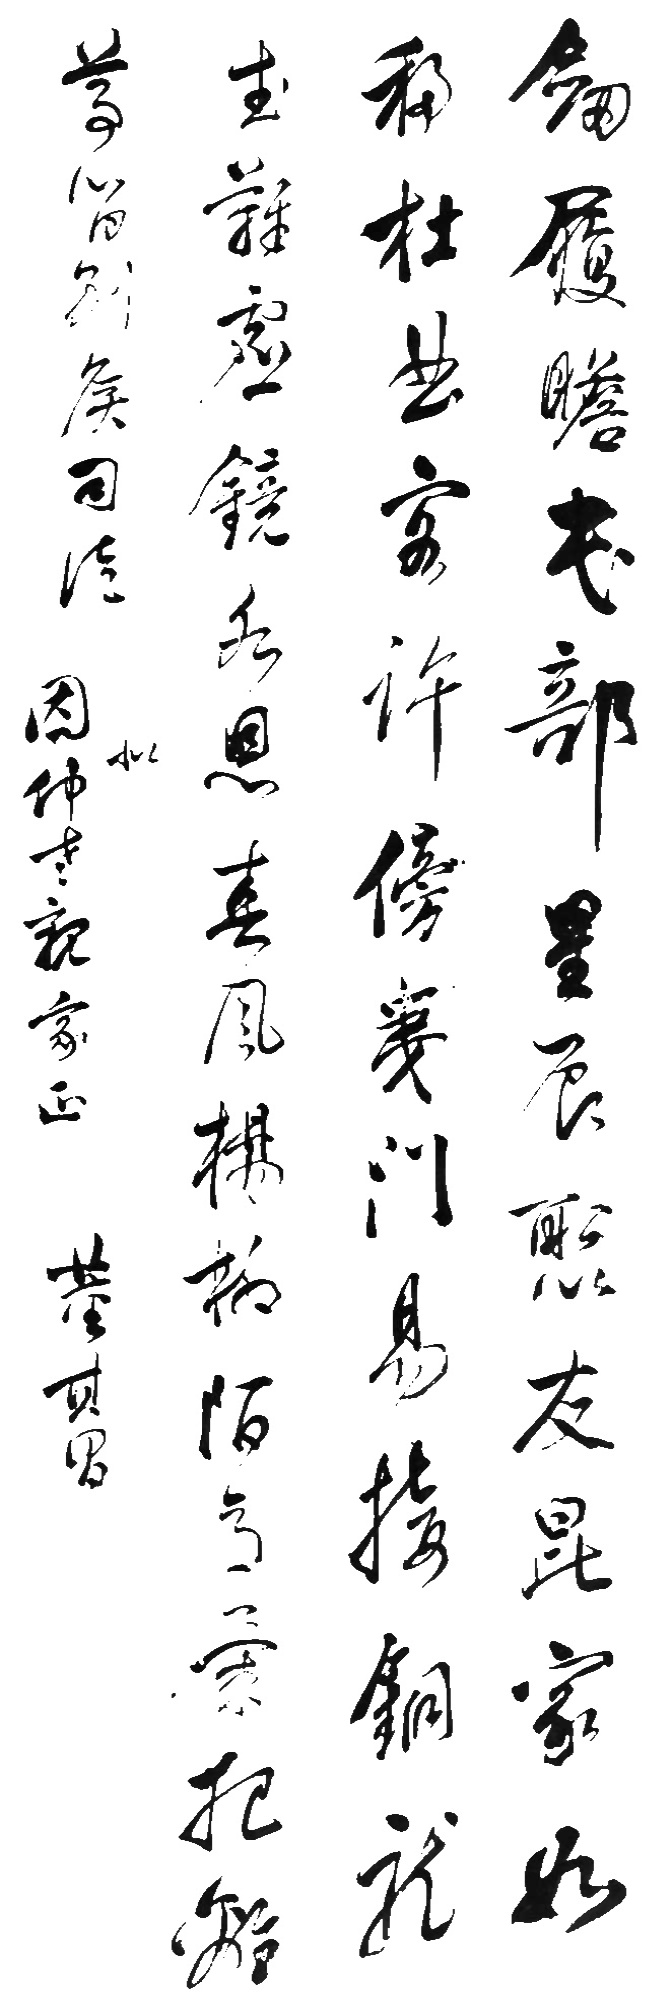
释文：剑履瞻民部，星辰聚友昆。家如移杜曲，客许傍夷门。易接铜龙武，难虚镜水恩。春风杨柳陌，意气把离尊。留别侯司徒。似因仲老亲家正。董其昌。